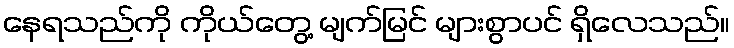
နေရသည်ကို ကိုယ်တွေ့ မျက်မြင် များစွာပင် ရှိလေသည်။